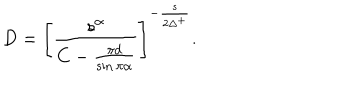
LaTeX: D = \left[ \frac { s ^ { \alpha } } { C - \frac { \pi d } { \sin \pi \alpha } } \right] ^ { - \frac { s } { 2 \Delta ^ { + } } } .